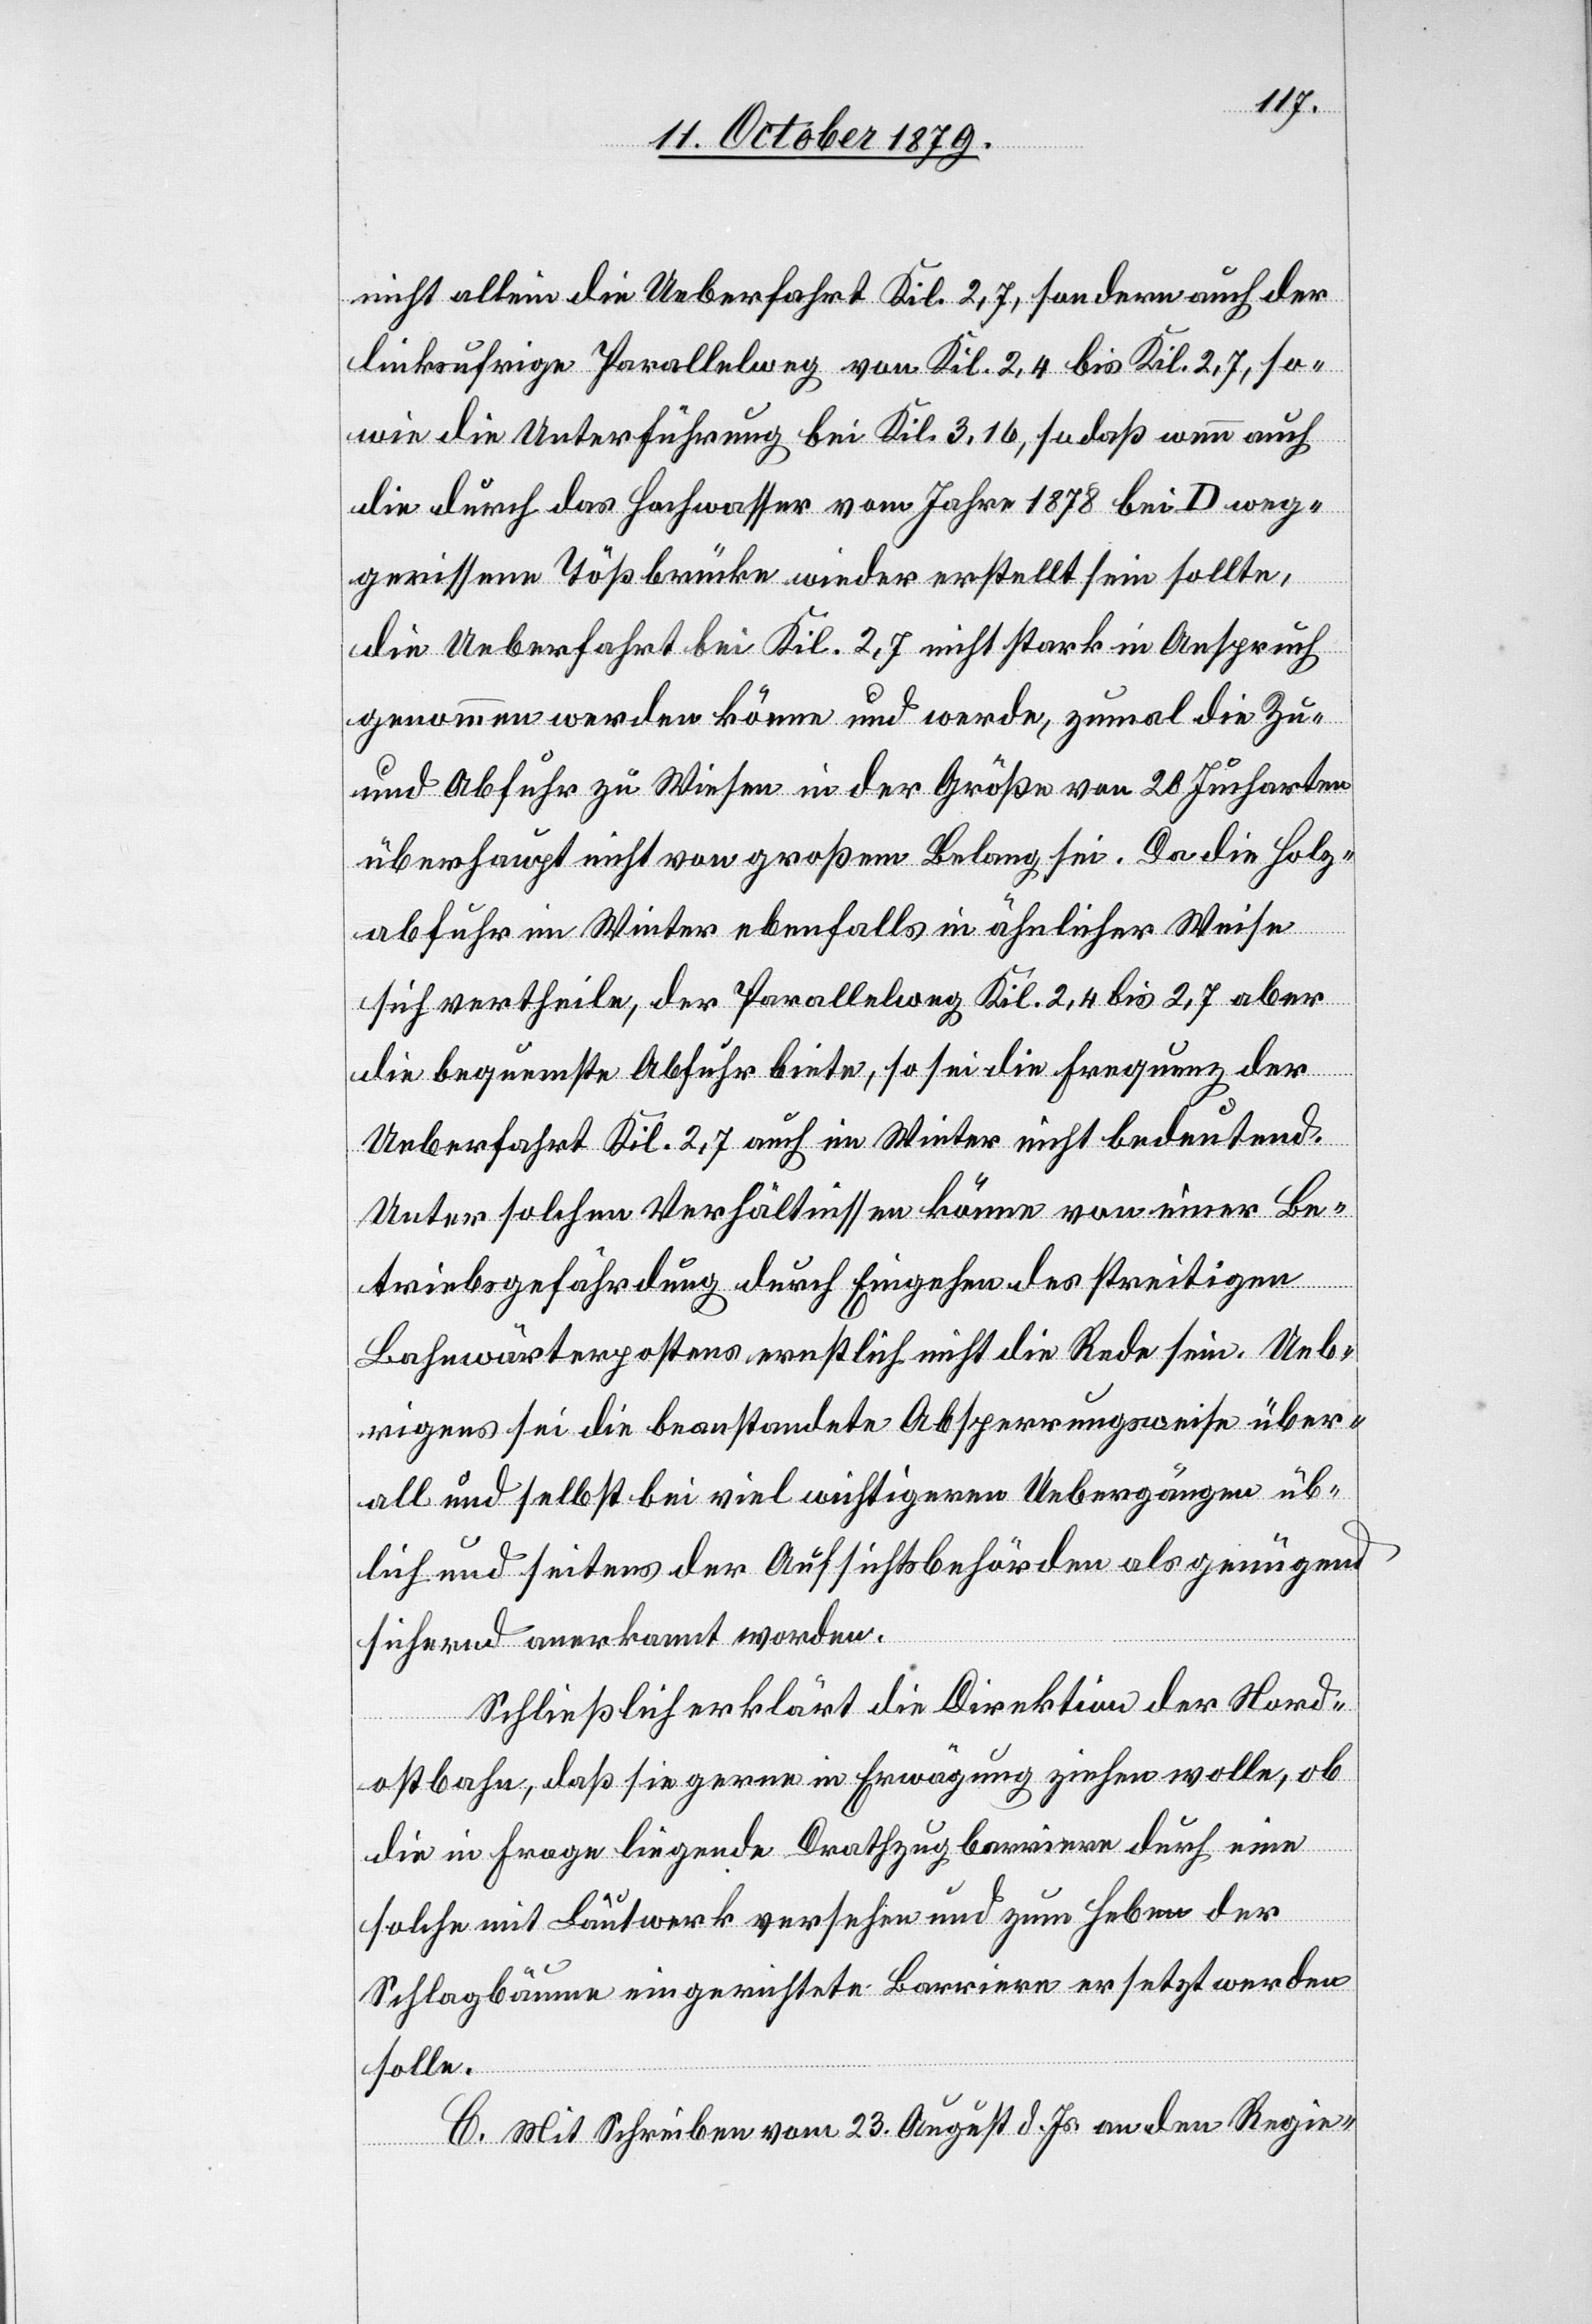
nicht allein die Ueberfahrt Kil. 2,7, sondern auch der
linksufrige Parallelweg von Kil. 2,4 bis Kil. 2,7, so¬
wie die Unterführung bei Kil.3, 16, sodaß wenn auch
die durch das Hochwasser vom Jahr 1878 bei D weg¬
gerissene Tößbrücke wieder erstellt sein sollte,
die Ueberfahrt bei Kil. 2,7 nicht stark in Anspruch
genommen werden könne und werde, zumal die Zu-
und Abfuhr zu Wiesen in der Größe von 28 Jucharten
überhaupt nicht von großem Belang sei. Da die Holz¬
abfuhr im Winter ebenfalls in ähnlicher Weise
sich vertheile, der Parallelweg Kil. 2,4 bis 2,7 aber
die bequemste Abfuhr biete, so sei die Frequenz der
Ueberfahrt Kil. 2,7 auch im Winter nicht bedeutend.
Unter solchen Verhältnissen könne von einer Be¬
triebsgefährdung durch Eingehen des streitigen
Bahnwärterpostens ernstlich nicht die Rede sein. Ueb¬
rigens sei die beanstandete Absperrungsweise über¬
all und selbst bei viel wichtigeren Uebergängen üb¬
lich und seitens der Aufsichtsbehörden als genügend
sichernd anerkannt worden.
Schließlich erklärt die Direktion der Nord¬
ostbahn, daß sie gerne in Erwägung ziehen wollen, ob
die in Frage liegende Drathzugbarriere durch eine
solche mit Lautwerk versehen und zum Heben der
Schlagbäume eingerichtete Barriere ersetzt werden
solle.
C. Mit Schreiben vom 23. August d. Js. an den Regie-